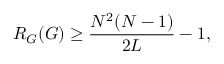
R _ { G } ( G ) \geq \frac { N ^ { 2 } ( N - 1 ) } { 2 L } - 1 ,